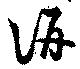
汧